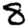
Digit: 8